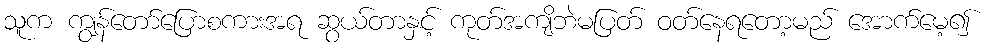
သူက ကျွန်တော်ပြောစကားအရ ဆွယ်တာနှင့် ကုတ်အကျိဘဲမပြတ် ဝတ်နေရတော့မည် အောက်မေ့၍